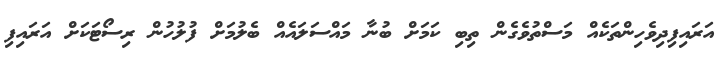
އަރައިފިދިވެހިންތަކެއް މަސްތުވެގެން ތިބި ކަމަށް ބުނާ މައްސަލައެއްް ބެލުމަށް ފުލުހުން ރިސޯޓަކަށް އަރައިފި